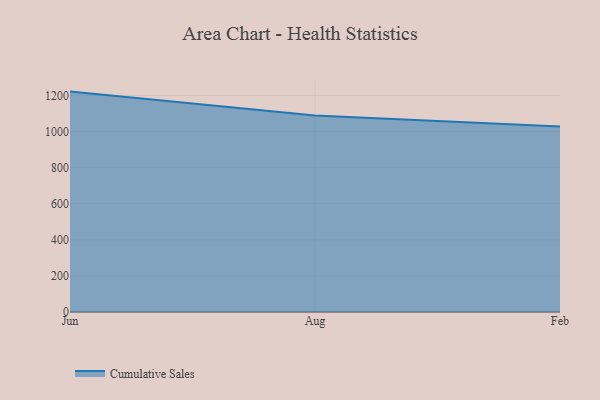
{"axis": {"x": "Month", "y": "LTV (USD)"}, "legend": ["Cumulative Sales"], "data": [{"x": "Jun", "y": 1221.7, "type": "Cumulative Sales"}, {"x": "Aug", "y": 1088.8, "type": "Cumulative Sales"}, {"x": "Feb", "y": 1028.7, "type": "Cumulative Sales"}]}